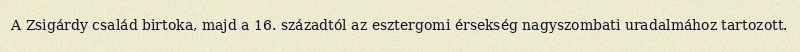
A Zsigárdy család birtoka, majd a 16. századtól az esztergomi érsekség nagyszombati uradalmához tartozott.